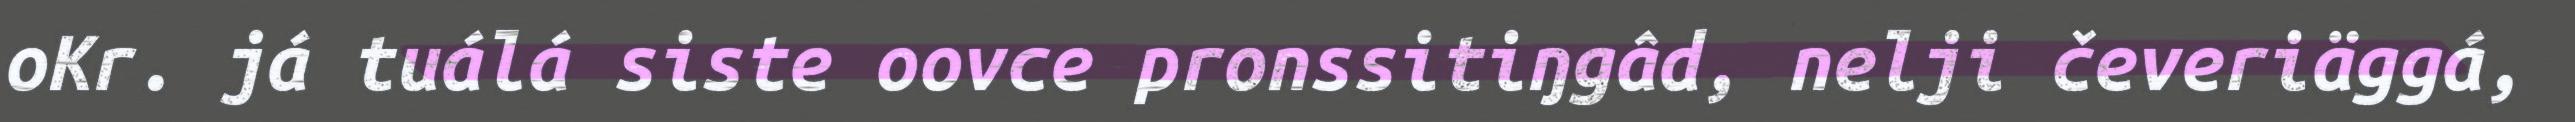
oKr. já tuálá siste oovce pronssitiŋgâd, nelji čeveriäggá,